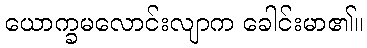
ယောက္ခမလောင်းလျာက ခေါင်းမာ၏။